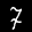
Label: 7